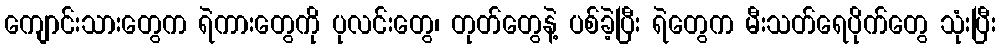
ကျောင်းသားတွေက ရဲကားတွေကို ပုလင်းတွေ၊ တုတ်တွေနဲ့ ပစ်ခဲ့ပြီး ရဲတွေက မီးသတ်ရေပိုက်တွေ သုံးပြီး